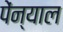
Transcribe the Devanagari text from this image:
पेंन्याल